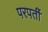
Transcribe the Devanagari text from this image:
परपर्ती